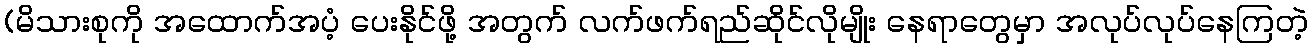
(မိသားစုကို အထောက်အပံ့ ပေးနိုင်ဖို့ အတွက် လက်ဖက်ရည်ဆိုင်လိုမျိုး နေရာတွေမှာ အလုပ်လုပ်နေကြတဲ့